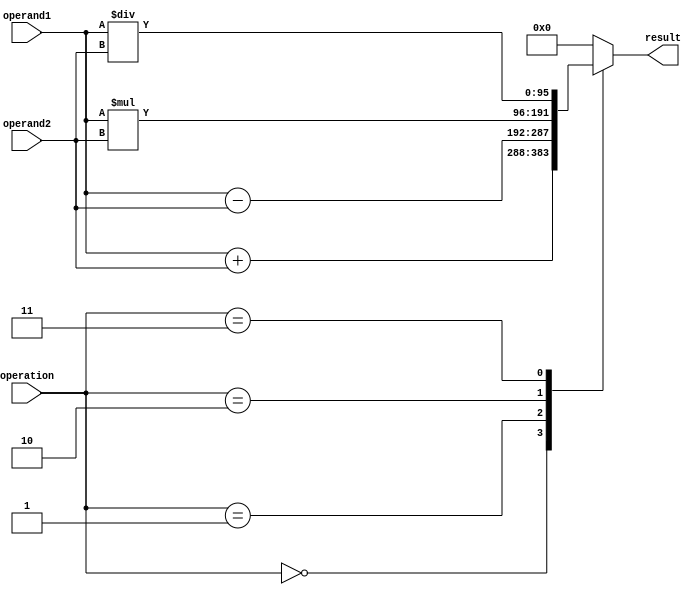
module triple_precision_floating_point_unit (
    input wire [95:0] operand1,
    input wire [95:0] operand2,
    input wire [2:0] operation,
    output reg [95:0] result
);

always @(*) begin
    case(operation)
        3'b000: result = operand1 + operand2; // addition
        3'b001: result = operand1 - operand2; // subtraction
        3'b010: result = operand1 * operand2; // multiplication
        3'b011: result = operand1 / operand2; // division
        default: result = 96'b0; // default to zero
    endcase
end

endmodule